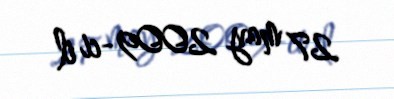
27 may 2009-ci il